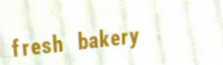
fresh bakery